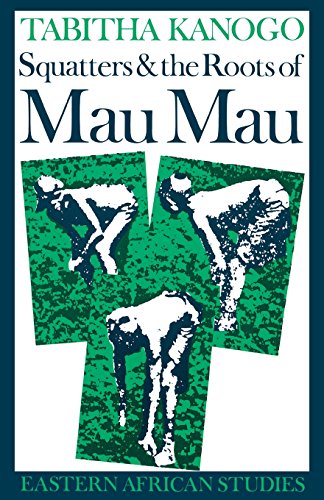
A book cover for Squatters & the Roots of Mau Mau: 1905-63 (Eastern African Studies); Tabitha Kanogo; History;